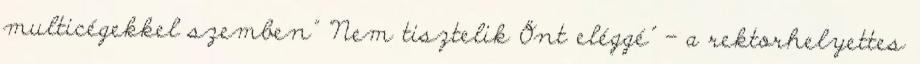
multicégekkel szemben" "Nem tisztelik Önt eléggé" - a rektorhelyettes